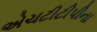
એચટીટીપીના